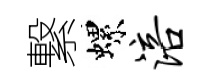
繋螺涪